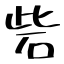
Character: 砦